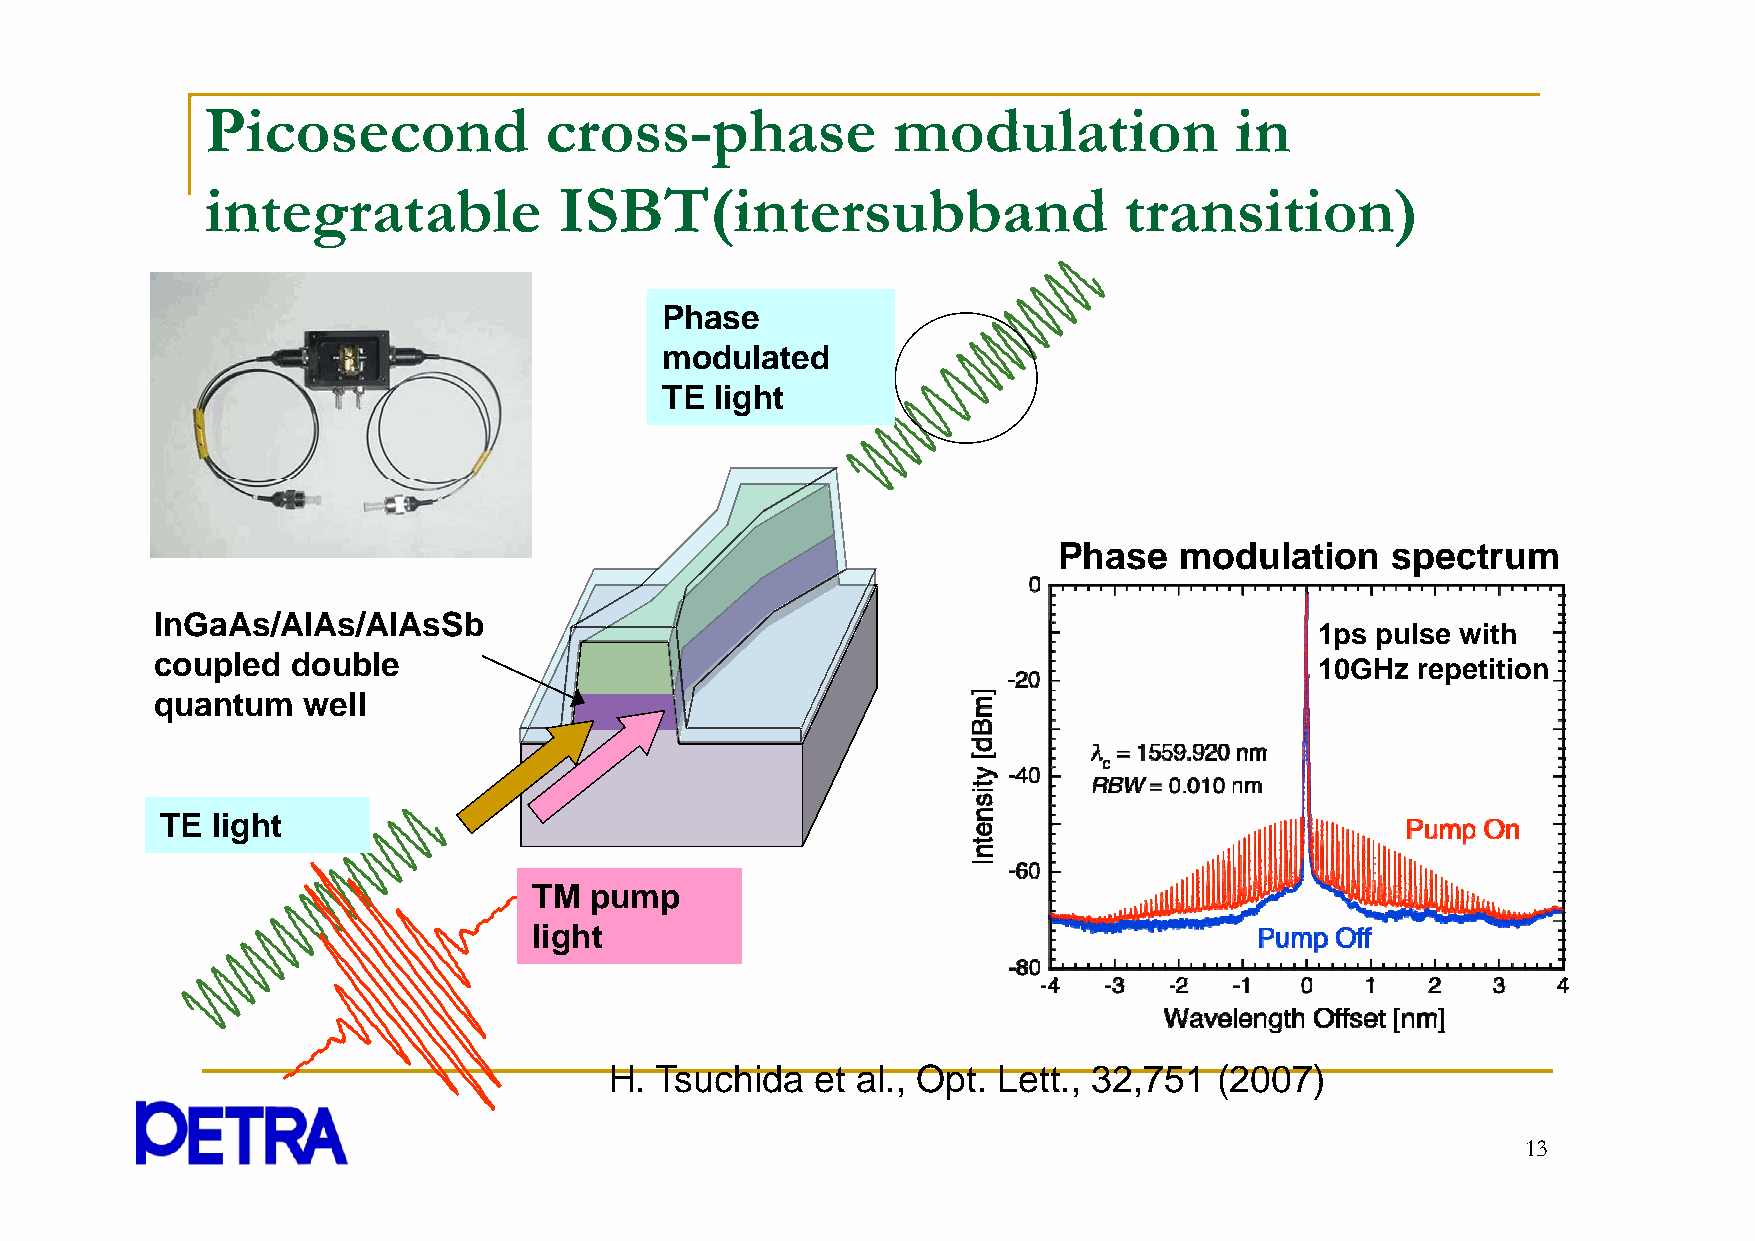
Picosecond            cross-phase            modulation             in
 iintegratabblle        IISSBBTT((iintersubbbbandd           transiitiion))
 Phase
 modulated
 TE light
 Phase   modulation    spectrum
 IInnGGaaAAss//AAllAAss//AAllAAssSSbb
 1ps pulse with
 coupled  double                                                              10GHz  repetition
 quantum   well
 TE light
 TTMM ppuummpp
 light
 H. Tsuchida   et al., Opt. Lett., 32,751 (2007)
 13